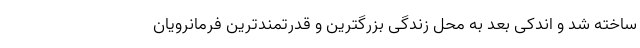
ساخته شد و اندکی بعد به محل زندگی بزرگترین و قدرتمندترین فرمانرویان